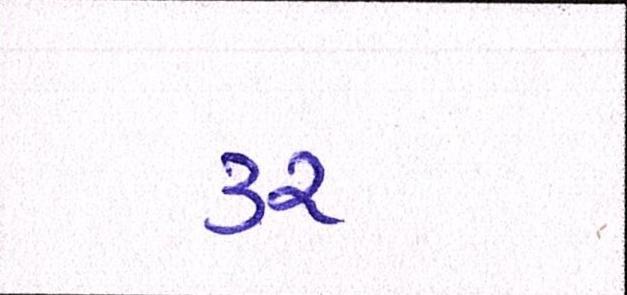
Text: ૩૨